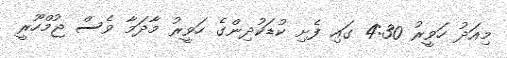
މިއަދު ހަވީރު 4:30 ގައި ފެށި ކުޑަކުދިންގެ ހަވީރު މާދަމާ ވެސް ޖުމްހޫރީ